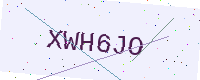
Text: XWH6JO